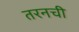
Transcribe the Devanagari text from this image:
तरनची